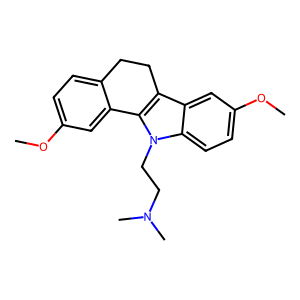
SMILES: COc1ccc2c(c1)-c1c(c3cc(OC)ccc3n1CCN(C)C)CC2
Inhibits HIV replication: No